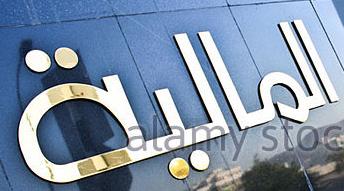
المالية